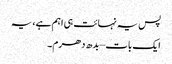
پس یہ نہائت ہی اہم ہے، یہ
ایک بات – بدھ دھرم۔